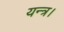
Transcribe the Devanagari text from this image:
यन्त्र।